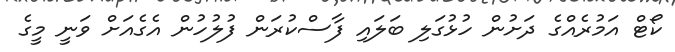
ކޯޓް އަމުރެއްގެ ދަށުން ހުޅުގަލި ބަލައި ފާސްކުރަން ފުލުހުން އެގެއަށް ވަނީ މީގެ